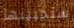
ستحبينها